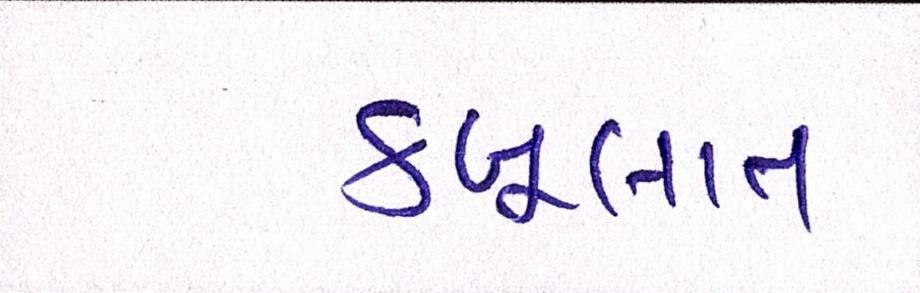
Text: કબૂલાત